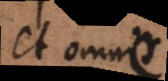
et omnis